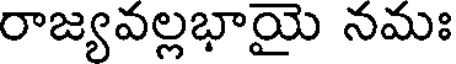
రాజ్యవల్లభాయై నమః